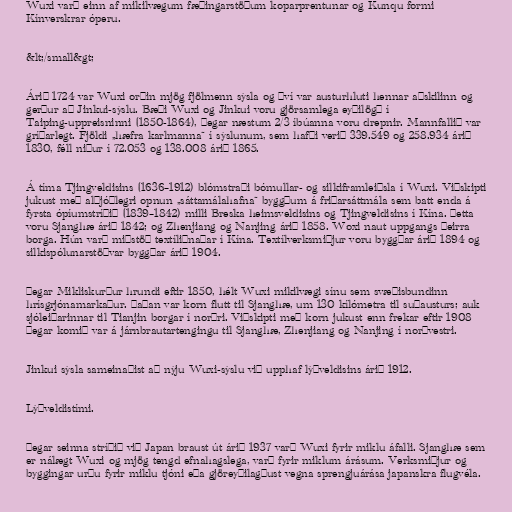
Wuxi varð einn af mikilvægum fæðingarstöðum koparprentunar og Kunqu formi
Kínverskrar óperu.

&lt;/small&gt;

Árið 1724 var Wuxi orðin mjög fjölmenn sýsla og því var austurhluti hennar aðskilinn og
gerður að Jinkui-sýslu. Bæði Wuxi og Jinkui voru gjörsamlega eyðilögð í
Taiping-uppreisninni (1850-1864), þegar næstum 2/3 íbúanna voru drepnir. Mannfallið var
gríðarlegt. Fjöldi „hæfra karlmanna“ í sýslunum, sem hafði verið 339.549 og 258.934 árið
1830, féll niður í 72.053 og 138.008 árið 1865.

Á tíma Tjingveldisins (1636–1912) blómstraði bómullar- og silkiframleiðsla í Wuxi. Viðskipti
jukust með alþjóðlegri opnun „sáttamálahafna“ byggðum á friðarsáttmála sem batt enda á
fyrsta ópíumstríðið (1839–1842) milli Breska heimsveldisins og Tjingveldisins í Kína. Þetta
voru Sjanghæ árið 1842; og Zhenjiang og Nanjing árið 1858. Woxi naut uppgangs þeirra
borga. Hún varð miðstöð textíliðnaðar í Kína. Textílverksmiðjur voru byggðar árið 1894 og
silkispólunarstöðvar byggðar árið 1904.

Þegar Mikliskurður hrundi eftir 1850, hélt Wuxi mikilvægi sínu sem svæðisbundinn
hrísgrjónamarkaður. Þaðan var korn flutt til Sjanghæ, um 130 kílómetra til suðausturs; auk
sjóleiðarinnar til Tianjin borgar í norðri. Viðskipti með korn jukust enn frekar eftir 1908
þegar komið var á járnbrautartengingu til Sjanghæ, Zhenjiang og Nanjing í norðvestri.

Jinkui sýsla sameinaðist að nýju Wuxi-sýslu við upphaf lýðveldisins árið 1912.

Lýðveldistími.

Þegar seinna stríðið við Japan braust út árið 1937 varð Wuxi fyrir miklu áfalli. Sjanghæ sem
er nálægt Wuxi og mjög tengd efnahagslega, varð fyrir miklum árásum. Verksmiðjur og
byggingar urðu fyrir miklu tjóni eða gjöreyðilagðust vegna sprengjuárása japanskra flugvéla.